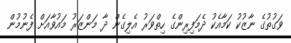
ވަގުތުގެ ނާޒުކު ކަމާއެކު ދެމަފިރިންގެ ހިތްވަރު އެލިގެން ދާ މަންޒަރު މައުވާއަށް ފެނުމުން